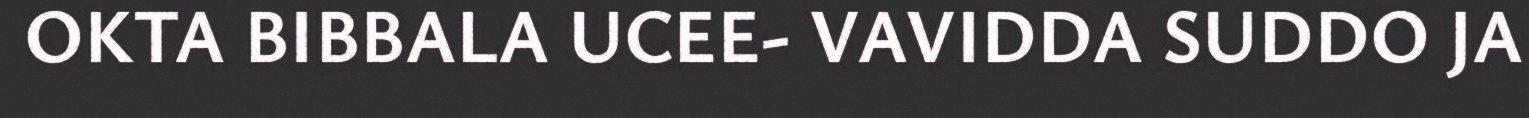
OKTA BIBBALA UCEE- VAVIDDA SUDDO JA